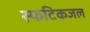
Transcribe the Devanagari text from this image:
स्फटिकजल